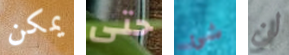
يمكن حتى شئ لن